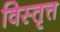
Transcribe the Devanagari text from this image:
विस्तृत्त